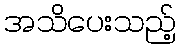
အသိပေးသည့်